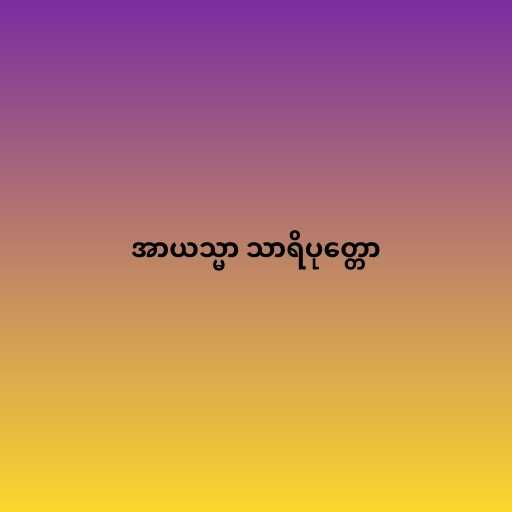
အာယသ္မာ သာရိပုတ္တော